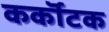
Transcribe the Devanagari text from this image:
कर्कॊटक